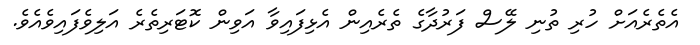
އެތެރެއަށް ހުރި ތުނި ލޭސް ފަރުދާގެ ތެރެއިން އެޅިފައިވާ އަވިން ކޮޓަރިތެރެ އަލިވެފައިވެއެވެ.